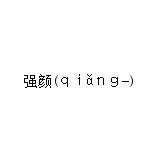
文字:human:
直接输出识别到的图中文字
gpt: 强颜(ｑｉǎｎｇ-)